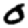
Digit: 0